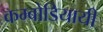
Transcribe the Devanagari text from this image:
कम्बोडियायी